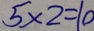
5 \times 2 = 1 0